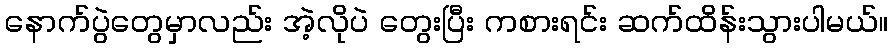
နောက်ပွဲတွေမှာလည်း အဲ့လိုပဲ တွေးပြီး ကစားရင်း ဆက်ထိန်းသွားပါမယ်။